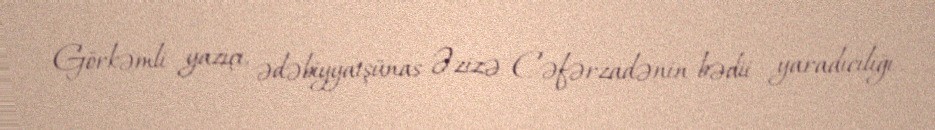
Görkəmli yazıçı, ədəbiyyatşünas Əzizə Cəfərzadənin bədii yaradıcılığı